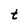
Character: t